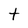
Character: t